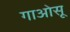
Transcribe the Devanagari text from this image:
गाओसू